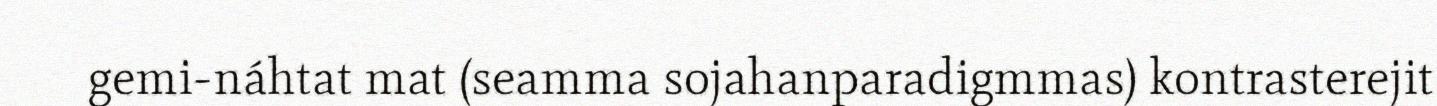
gemi-náhtat mat (seamma sojahanparadigmmas) kontrasterejit